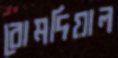
বোমদিয়াল